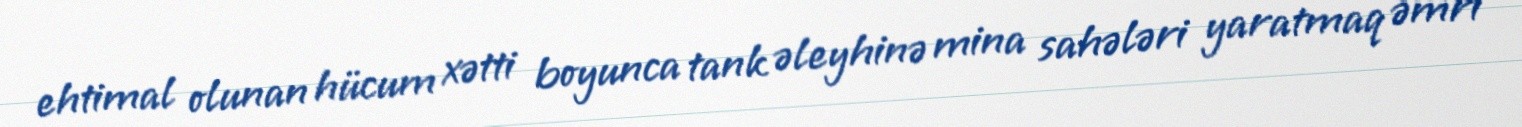
ehtimal olunan hücum xətti boyunca tank əleyhinə mina sahələri yaratmaq əmri